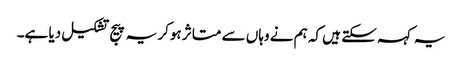
یہ کہہ سکتے ہیں کہ ہم نے وہاں سے متاثر ہوکر یہ پیج تشکیل دیا ہے۔